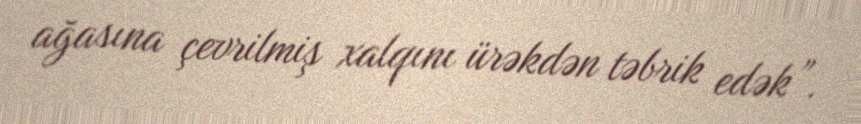
ağasına çevrilmiş xalqını ürəkdən təbrik edək”.